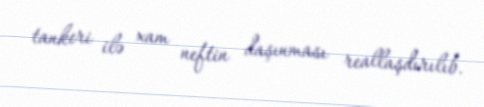
tankeri ilə xam neftin daşınması reallaşdırılıb.